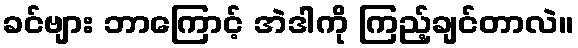
ခင်ဗျား ဘာကြောင့် အဲဒါကို ကြည့်ချင်တာလဲ။